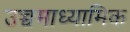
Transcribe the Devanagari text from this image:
उच्चमाध्यामिक